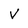
Character: V